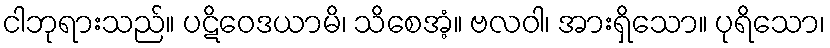
ငါဘုရားသည်။ ပဋိဝေဒယာမိ၊ သိစေအံ့။ ဗလဝါ၊ အားရှိသော။ ပုရိသော၊